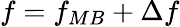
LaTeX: f=f_{MB}+\Delta f